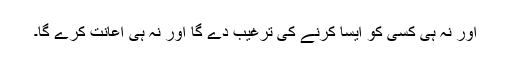
اور نہ ہی کسی کو ایسا کرنے کی ترغیب دے گا اور نہ ہی اعانت کرے گا۔